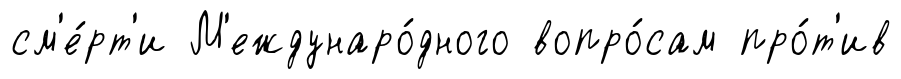
см'е́рт'и М'еждунаро́дного вопро́сам про́т'ив